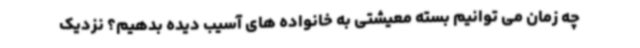
چه زمان می توانیم بسته معیشتی به خانواده های آسیب دیده بدهیم؟ نزدیک